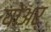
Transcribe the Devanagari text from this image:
योअर्